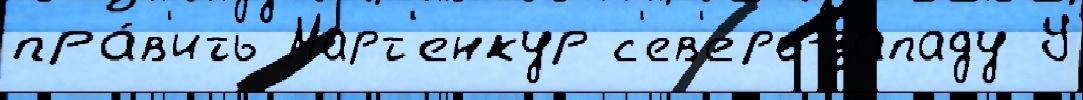
пра́в'ить Март'енкур с'ев'еро-западу У